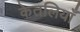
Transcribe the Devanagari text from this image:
केतलियाँ